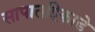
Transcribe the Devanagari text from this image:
सापातहिकाडे